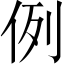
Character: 例